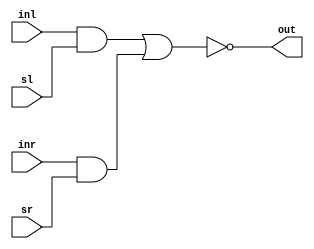
`timescale 1ns / 1ps
//////////////////////////////////////////////////////////////////////////////////
// Company: 
// Engineer: 
// 
// Design Name: 
// Module Name:    aoi_cell 
// Project Name: 
// Target Devices: 
// Tool versions: 
// Description: 
//
// Dependencies: 
//
// Revision: 
// Revision 0.01 - File Created
// Additional Comments: 
//
//////////////////////////////////////////////////////////////////////////////////
module aoi_cell(output out,
					 input inl,
					 input inr,
					 input sl,
					 input sr);
					 
assign out = ~((inl & sl) | (inr & sr));					 

endmodule